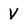
Character: V